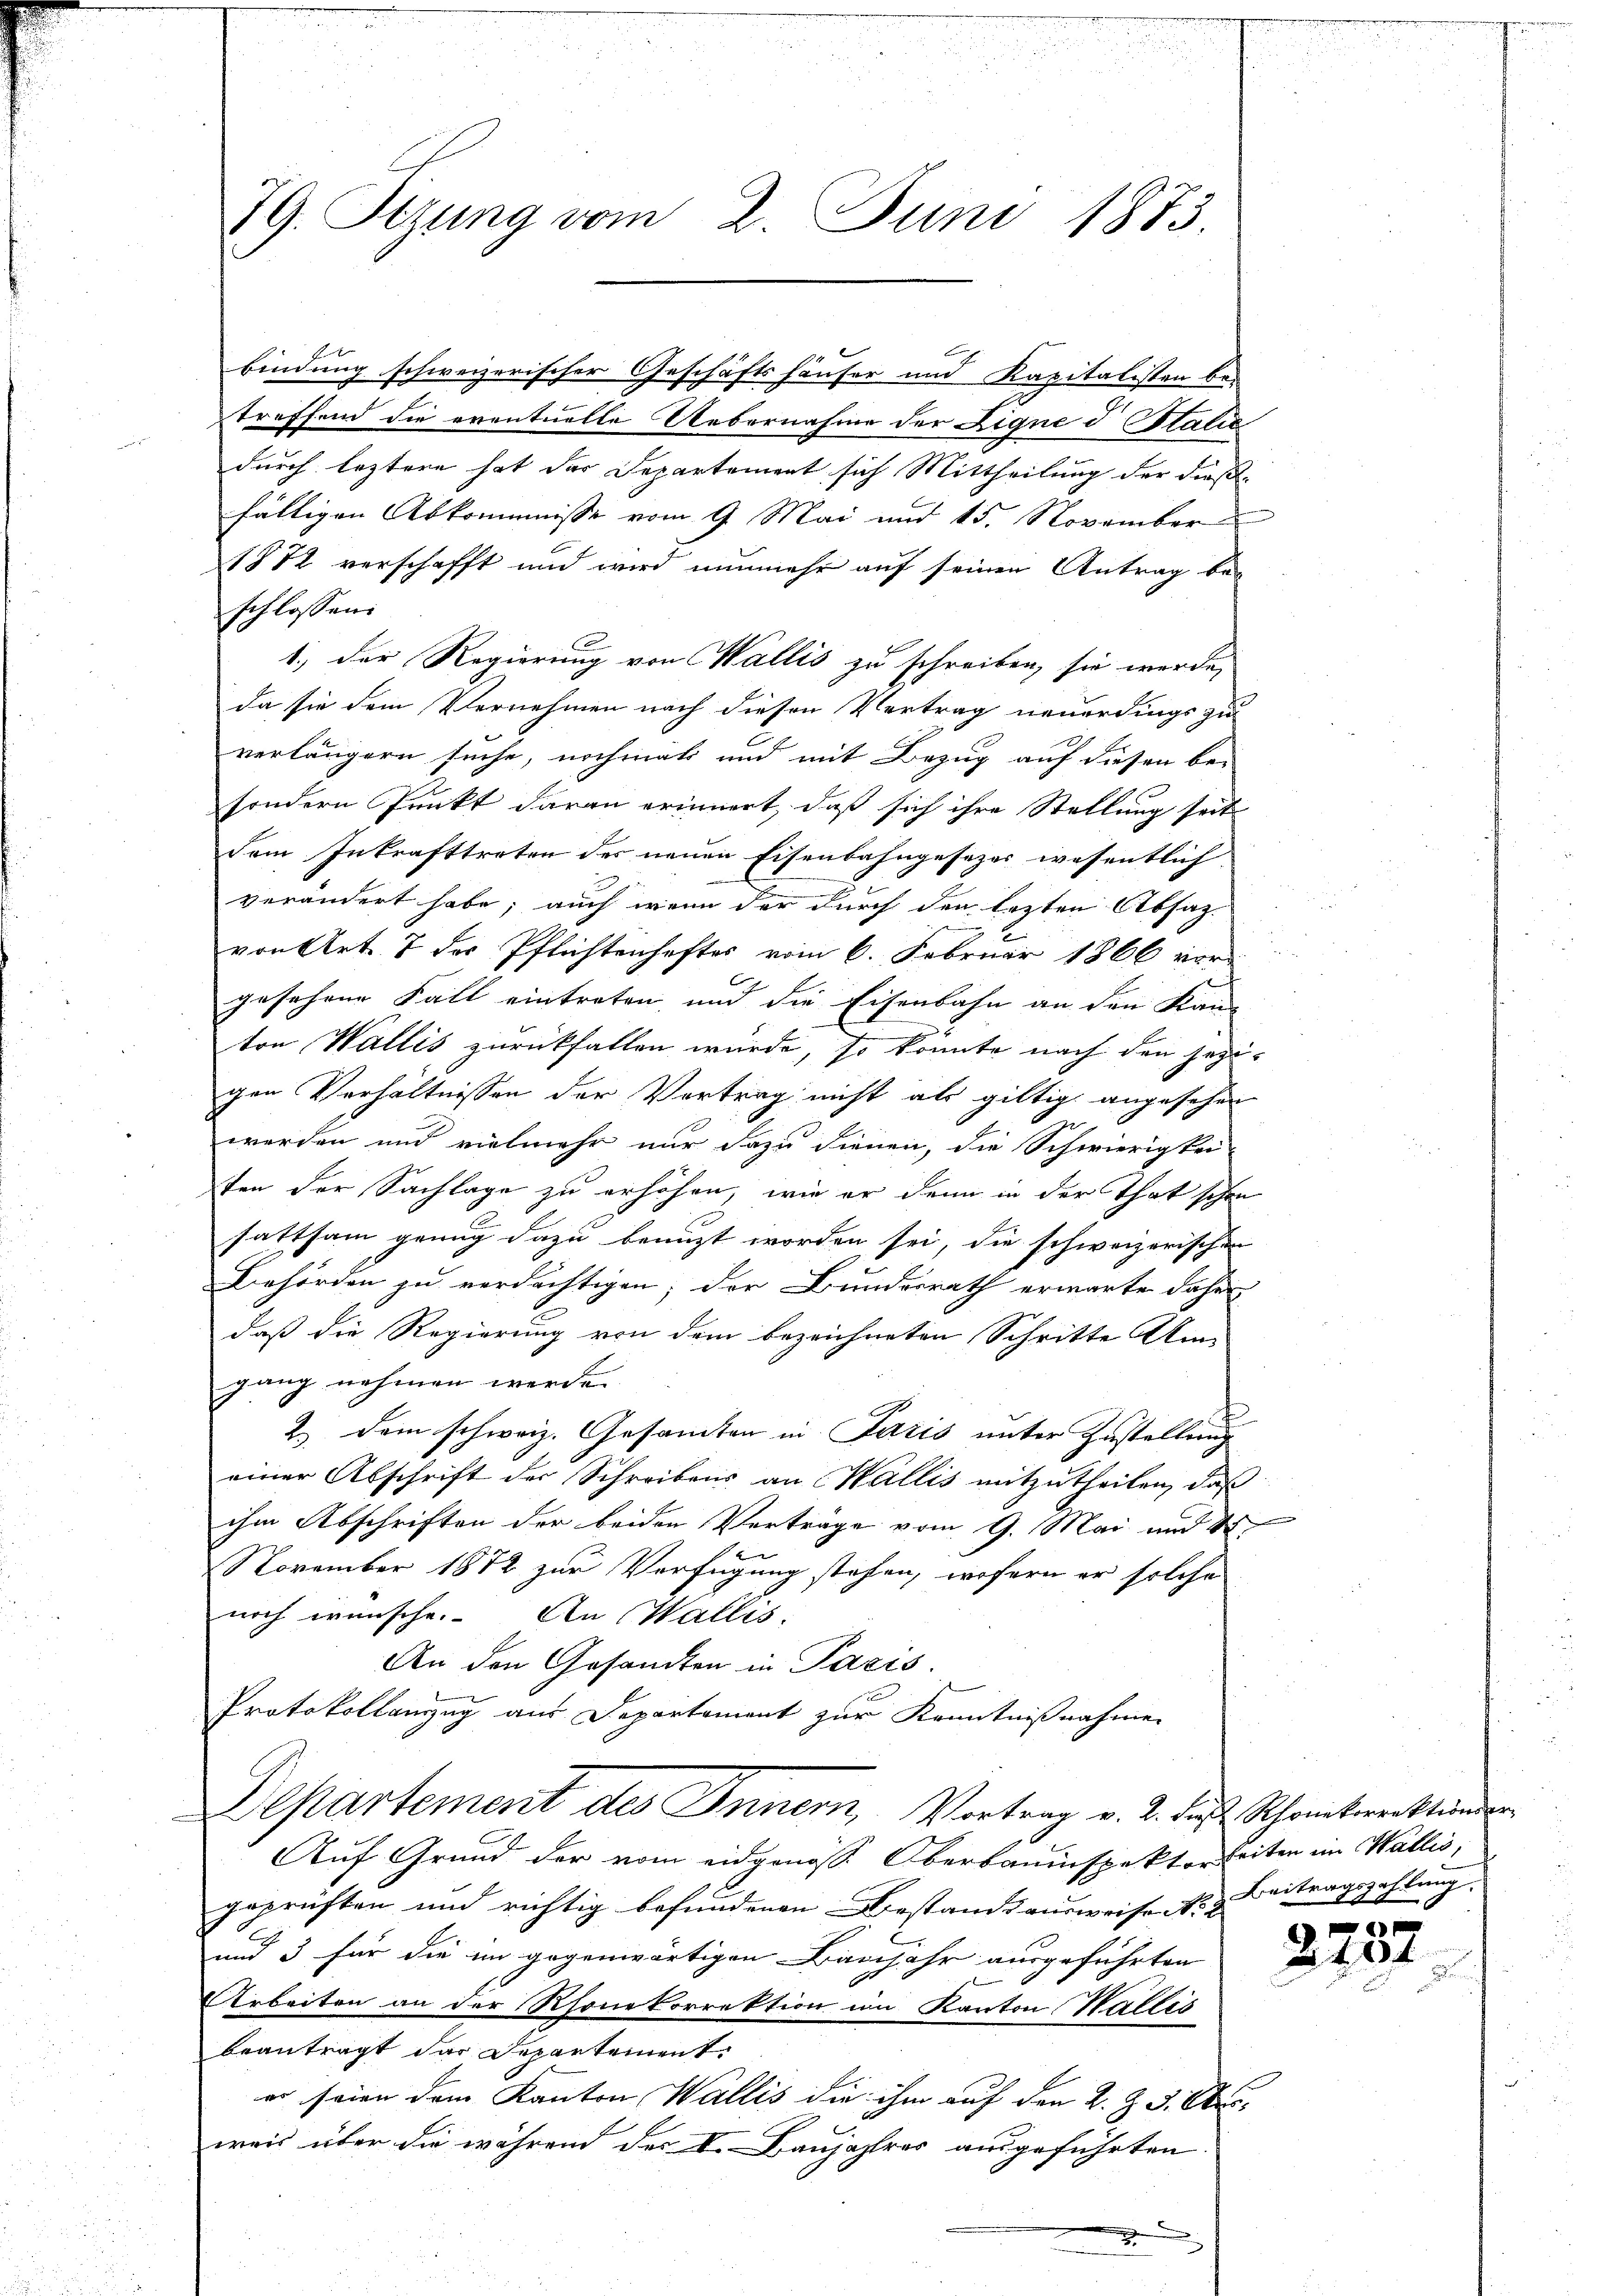
79. Itzung vom 2. Juni 1873.

b
2
treffend die eventuelle Uebernahme der Eigne d Italie
durch leztere hat der Departement sich Mittheilung der dießfälligen Abkommnisse vom 9. Mai und 15. November
1872 verschafft und wird nunmehr auf seinen Antrag beschlossen:
1., der Regierung von Wallis zu schreiben, sie werde,
da sie dem Vernehmen nach diesen Vertrag neuerdings zu
verlängern suche, nochmals und mit Bezug auf diesen be-
sondern Punkt daran erinnert, daß sich ihre Stellung seit
dem Inkrafttreten des neuen Eisenbahngesezes wesentlich
verändert habe; auch wenn der durch den lezten Absatz-
von Art. 7 des Pflichtenhaftes vom 6. Februar 1866 vor-
gesehene Fall eintreten und die Eisenbahn an den Kanton Wallis zurückfallen wurde, so konnte nach den jezigen Verhältnissen der Vortrag nicht als giltig angesehen
worden und vielmehr nur dazu dienen, die Schwierigkei-
ten der Sachlage zu erhöhen, wie er dann in der That schon
sattsam genug dazu benuzt worden sei, die schweizerischen
Behörden zu verdächtigen; der Bundesrath erwarte daher
daß die Regierung von dem bezeichneten Schritte Um-
gang nehmen werde.
2.) Dem schweiz. Gesamten in Paris unter Zustellung
einer Abschrift der Schreibens an Wallis mitzutheilen, daß
ihm Abschriften der beiden Verträge vom 9. Mai und d
November 1872 zur Verfügung stehen, wofern er solche
noch wünsche. An Wallis.
An den Gesandten in Paris.
Protokollanzug aus Departement zur Kenntnißnahme
Departement des Innern, Vortrag v. 2. daß Schreckererständer
Auf Grund der vom eidgenöss. Oberbauinspektor Seiten im Wallis,
geprüften und richtig befundenen Bestandsausweise Nr. 2. Beitragszahlung
und 3 für die im gegenwärtigen Banjahr ausgeführten
Arbeiten an der Rhonekorrektion im Kanton Wallis
beantragt dar Departement:
er seien dem Kanton Wallis die ihm auf den 2. Z. 3. Ober
weis über die während der I. Baujahres ausgeführten

bindung schweizerischer Geschäftshäuser und Kapitalisten be-

2.

32